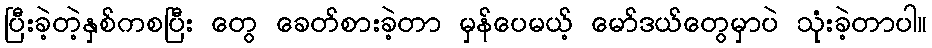
ပြီးခဲ့တဲ့နှစ်ကစပြီး တွေ ခေတ်စားခဲ့တာ မှန်ပေမယ့် မော်ဒယ်တွေမှာပဲ သုံးခဲ့တာပါ။